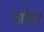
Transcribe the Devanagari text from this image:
मसीहा।